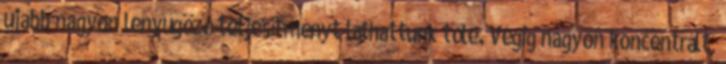
újabb nagyon lenyűgöző teljesítményt láthattunk tőle. Végig nagyon koncentrált,